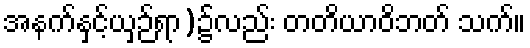
အနက်နှင့်ယှဉ်ရာ)၌လည်း တတိယာဝိဘတ် သက်။